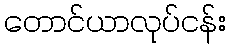
တောင်ယာလုပ်ငန်း